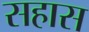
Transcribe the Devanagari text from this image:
सहास